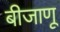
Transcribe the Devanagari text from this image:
बीजाणू